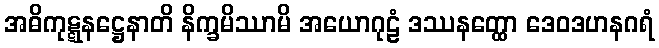
အဓိကုဋ္ဋနဋ္ဌေနာတိ နိက္ခမိဿာမိ အယောဂုဠံ ဒဿနတ္ထော ဒေဝဒဟနဂရံ